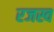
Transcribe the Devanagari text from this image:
रजस्व